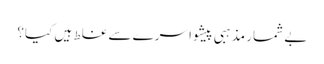
بے شمار مذہبی پیشوا سرے سے غلط ہیں کیا؟